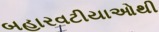
બહારવટીયાઓથી